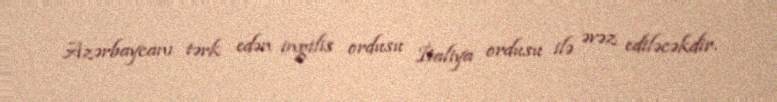
Azərbaycanı tərk edən ingilis ordusu İtaliya ordusu ilə əvəz ediləcəkdir.